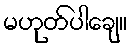
မဟုတ်ပါချေ။